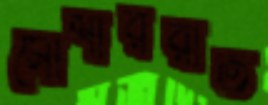
মোশাররাত